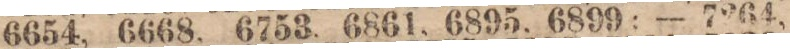
6654, 6668, 6753, 6861, 6895, 6899; — 7264,